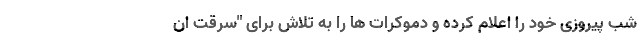
شب پیروزی خود را اعلام کرده و دموکرات ها را به تلاش برای "سرقت ان